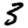
Digit: 3